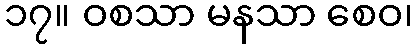
၁၇။ ဝစသာ မနသာ စေဝ၊